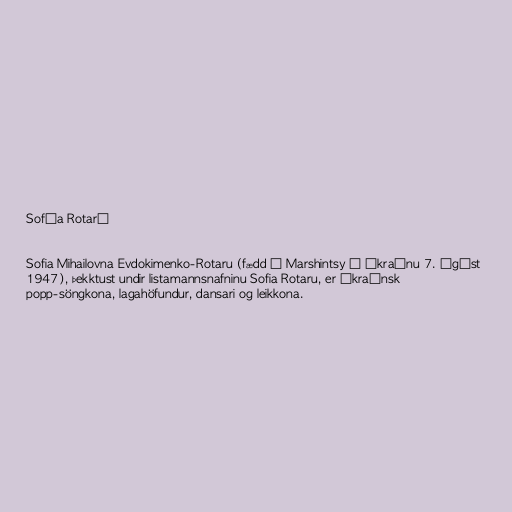
Sofía Rotarú

Sofia Mihailovna Evdokimenko-Rotaru (fædd í Marshintsy í Úkraínu 7. ágúst
1947), þekktust undir listamannsnafninu Sofia Rotaru, er úkraínsk
popp-söngkona, lagahöfundur, dansari og leikkona.